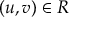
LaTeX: ( u , v ) \in R